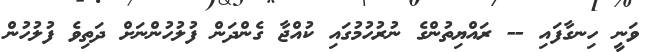
ވަނީ ހިނގާފައި -- ރައްޔިތުންގެ ނުރުހުމުގައި ކުއްޖާ ގެންދަން ފުލުހުންނަށް ދަތިވެ ފުލުހުން